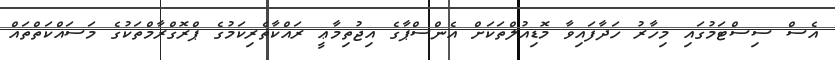
އެސް ސިސްޓަމުގައި މިހާރު ހަދާފައިވާ މޮޑިއުލްތަކަށް އެންސްޕާގެ އިޖުތިމާޢީ ރައްކާތެރިކަމުގެ ޕްރޮގްރާމްތަކުގެ މަސައްކަތްތައް